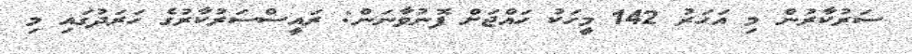
ސަރުކާރުން މި އަހަރު 142 މީހަކު ހައްޖަށް ފޮނުވާނަން: ރައީސްސަރުކާރުގެ ހަރަދުގައި މި